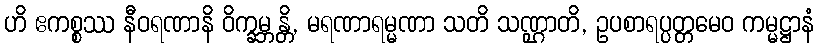
ဟိ ဧကစ္စဿ နီဝရဏာနိ ဝိက္ခမ္ဘန္တိ, မရဏာရမ္မဏာ သတိ သဏ္ဌာတိ, ဥပစာရပ္ပတ္တမေဝ ကမ္မဋ္ဌာနံ